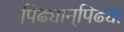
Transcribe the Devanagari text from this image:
पिढ्यान्‌पिढ्या